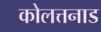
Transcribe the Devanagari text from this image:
कोलत्तनाड